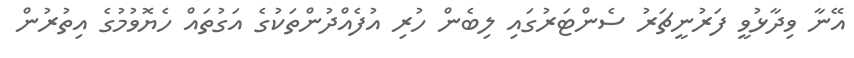
އޭނާ ވިދާޅުވީ ފަރުނީޗަރު ސެންޓަރުގައި ލިބެން ހުރި އުފެއްދުންތަކުގެ އަގުތައް ހެޔޮވުމުގެ އިތުރުން